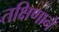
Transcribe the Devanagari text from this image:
तक्षिणाने